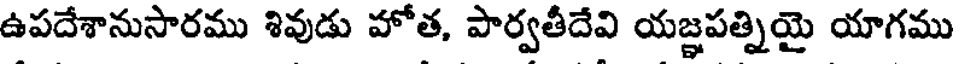
ఉపదేశానుసారము శివుడు హోత, పార్వతీదేవి యజ్ఞపత్నియై యాగము